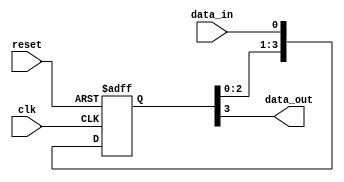
module four_flop_synchronizer (
  input wire clk,
  input wire reset,
  input wire data_in,
  output wire data_out
);

reg [3:0] flop_reg;

always @ (posedge clk or posedge reset) begin
  if (reset) begin
    flop_reg <= 0;
  end else begin
    flop_reg <= {flop_reg[2:0], data_in};
  end
end

assign data_out = flop_reg[3];

endmodule